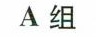
A组